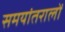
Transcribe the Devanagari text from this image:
समयांतरालों